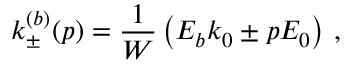
k _ { \pm } ^ { ( b ) } ( p ) = \frac { 1 } { W } \left( E _ { b } k _ { 0 } \pm p E _ { 0 } \right) \, ,